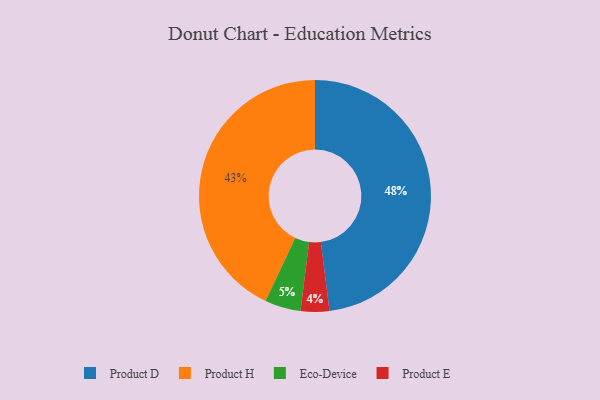
{"axis": {"x": "Category", "y": "Percentage"}, "legend": ["Eco-Device", "Product D", "Product E", "Product H"], "data": [{"x": "Eco-Device", "y": 5, "type": "Eco-Device"}, {"x": "Product H", "y": 43, "type": "Product H"}, {"x": "Product D", "y": 48, "type": "Product D"}, {"x": "Product E", "y": 4, "type": "Product E"}]}